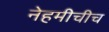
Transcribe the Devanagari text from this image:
नेहमीचीच